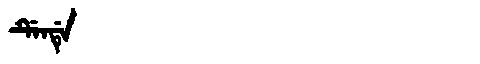
Manchu: ᡩᡝᠨᡩᡝ
Romanization: DENDE